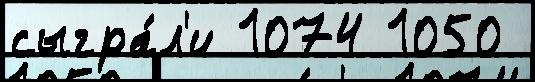
сыгра́л'и 1074 1050